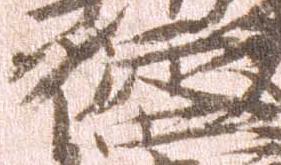
従